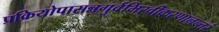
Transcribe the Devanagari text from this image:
प्रक्रियोपासन्नगुर्वभिरवीकरणानन्तरं